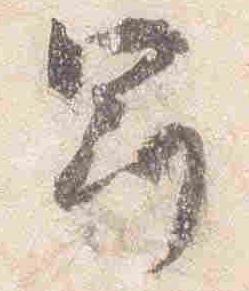
冠